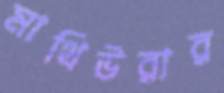
মাথিউরার